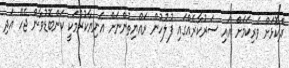
ދެކޮޅަށް ވެރިކަމަށް އައި ސަރުކާރެއްގައި ފުލުހުން ރައްޔިތުންނަށް އަނިޔާކުރުމަކީ ކަންބޮޑުވާން ޖެހޭ އަދި